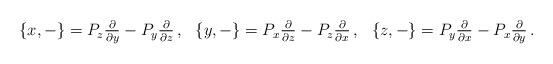
LaTeX: \begin{align*} \begin{array}{lll} \{x,-\} = P_z \frac{\partial}{\partial y} - P_y\frac{\partial}{\partial z}\,, & \{y,-\} = P_x \frac{\partial}{\partial z} - P_z\frac{\partial}{\partial x}\,, & \{z,-\} = P_y \frac{\partial}{\partial x} - P_x\frac{\partial}{\partial y}\,. \end{array} \end{align*}